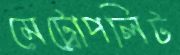
মেট্রোপলিট